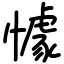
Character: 懅